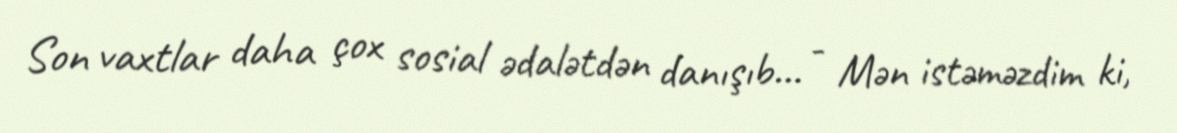
Son vaxtlar daha çox sosial ədalətdən danışıb... - Mən istəməzdim ki,